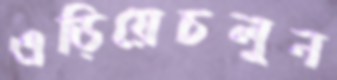
এড়িয়েচলুন